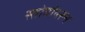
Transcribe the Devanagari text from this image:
स्तोत्रांवरून